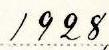
1928